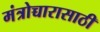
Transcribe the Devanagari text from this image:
मंत्रोच्चारासाठी